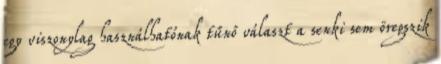
egy viszonylag használhatónak tűnő választ a senki sem öregszik